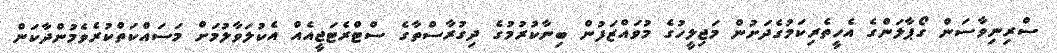
ސްރިނިވާސަން ގޯޕާލަންގެ އެހީތެރިކަމުގެދަށުން މަޖިލީހުގެ މުވައްޒަފުން ބިނާކުރުމުގެ ދިގުރާސްތާގެ ސްޓްރެޓަޖީއެއް އެކުލަވާލުމަށް މަސައްކަތްކުރެވެމުންދާކަން